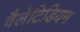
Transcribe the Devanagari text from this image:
वैलेटिडियम